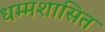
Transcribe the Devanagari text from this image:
धम्मशासित